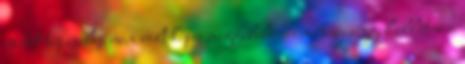
épített tápzsilip nem volt képes megfelelõ vízmennyiséggel ellátni a